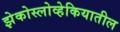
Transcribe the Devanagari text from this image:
झेकोस्लोव्हेकियातील